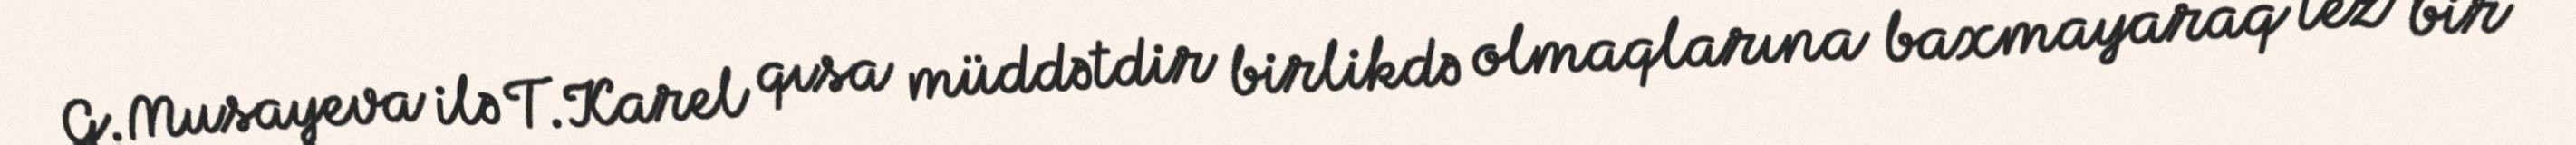
G.Musayeva ilə T.Karel qısa müddətdir birlikdə olmaqlarına baxmayaraq tez bir